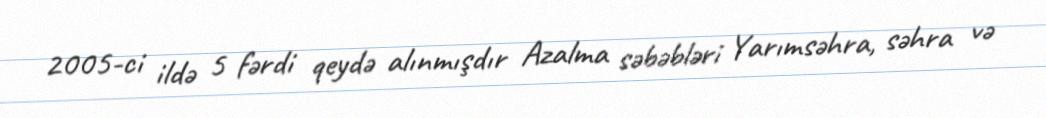
2005-ci ildə 5 fərdi qeydə alınmışdır Azalma səbəbləri Yarımsəhra, səhra və